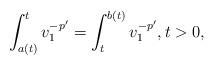
LaTeX: \begin{align*}\int_{a(t)}^t v_1^{-p'}=\int_t^{b(t)}v_1^{-p'},t>0,\end{align*}